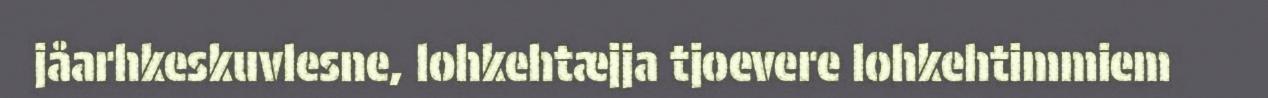
jåarhkeskuvlesne, lohkehtæjja tjoevere lohkehtimmiem